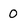
Character: 0